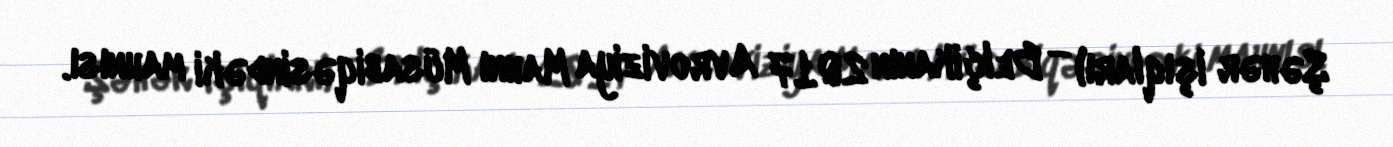
Şəhər işıqları) — Belçikanın 2017 Avroviziya Mahnı Müsabiqəsindəki mahnısı.